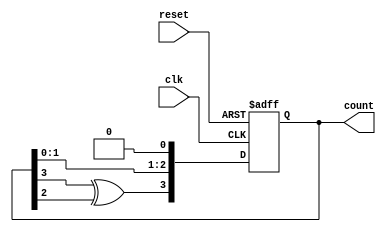
module JohnsonCounter (
  input wire clk,
  input wire reset,
  output reg [N-1:0] count
);

// Parameters
parameter N = 4; // Number of bits in the counter
parameter INIT_STATE = 4'b0001; // Initial state of the counter

reg [N-1:0] next_count;

always @(posedge clk or posedge reset) begin
  if (reset) begin
    count <= INIT_STATE;
  end else begin
    count <= next_count;
  end
end

always @(*) begin
  next_count = count << 1;
  next_count[N-1] = count[N-1] ^ count[N-2];
end

endmodule